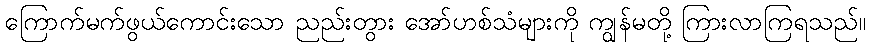
ကြောက်မက်ဖွယ်ကောင်းသော ညည်းတွား အော်ဟစ်သံများကို ကျွန်မတို့ ကြားလာကြရသည်။